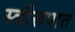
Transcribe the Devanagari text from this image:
स्त्रीरूपात